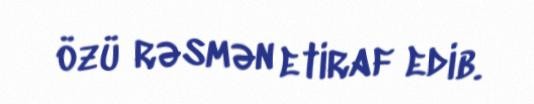
özü rəsmən etiraf edib.